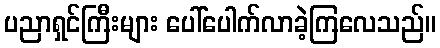
ပညာရှင်ကြီးများ ပေါ်ပေါက်လာခဲ့ကြလေသည်။